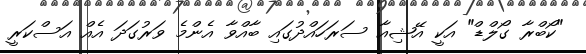
"ކޯބްރާ ގޯލްޑް" އަކީ އޭޝިއާ ސަރަހައްދުގައި ބާއްވާ އެންމެ ވަރުގަދަ އެއް އަސްކަރީ